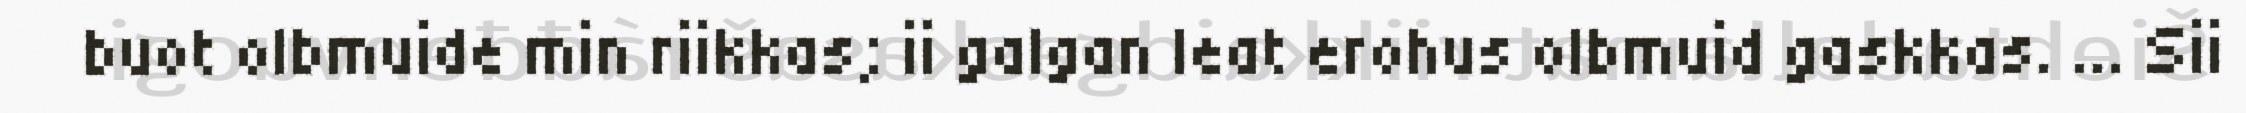
buot olbmuide min riikkas; ii galgan leat erohus olbmuid gaskkas. ... Sii